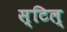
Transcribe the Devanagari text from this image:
स्टिल्